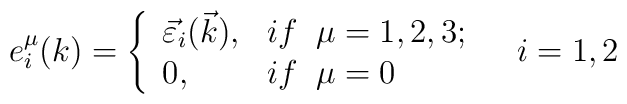
e^{\mu}_i(k)=\left \{ \begin{array}{ll}\vec {\varepsilon} _i(\vec k) , & if \;\;\mu=1,2,3; \\ 0, & if \;\;\mu=0\end{array}\right. \;\;\;i=1,2